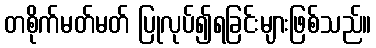
တစိုက်မတ်မတ် ပြုလုပ်၍ရခြင်းများဖြစ်သည်။